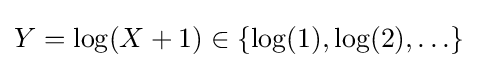
Y=\log(X+1)\in \{\log(1),\log(2),\ldots \}